Annual report on the working of the lock hospitals in the Central Provinces
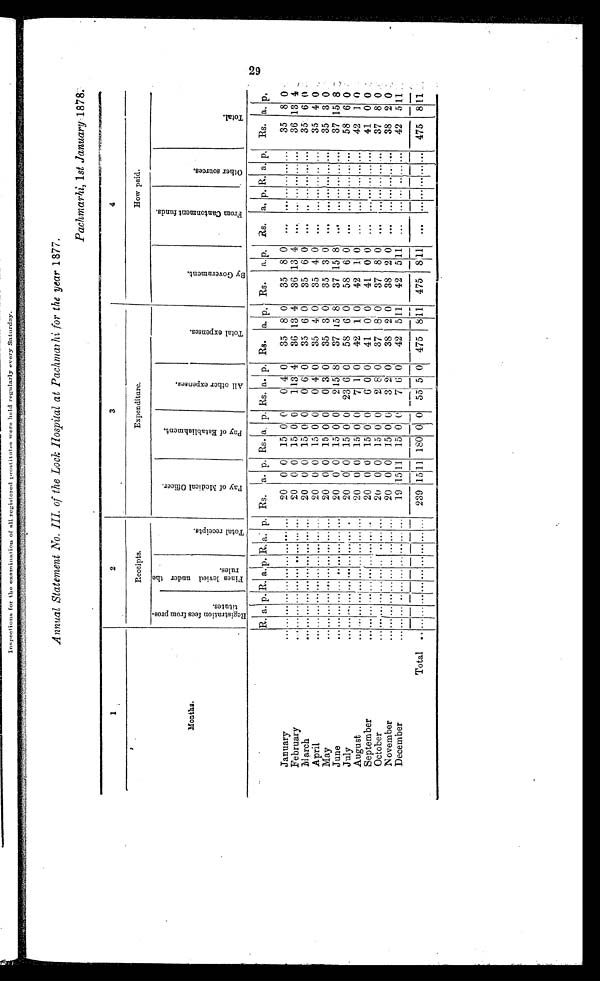
Inspections for the examination of all registered prostitutes were held regularly every Saturday.
Annual Statement No, III. of the Lock hospital at Pachmarhi for the year 1 877.
Pachmarhi, 1st January 1878.
2
3
4
Receipts.
Expenditure.
How paid.
M o n t h s
0
'4:1
t.;
'73
0
0
'd
.°2
t>
0
US
my
0 n–n
0 0
. 1 . 4 ;-.
r..
tt;
4. ,,,,
...
ro
0
0
I.,
74
.e.
0
E.
S.
5)
Eg
o
n-i
CI
..?
,c
0
,e-t
rel
4-,
0
P.,
0
0.
-,z
0
g
.o
W
.73
e
4
0
PI
0
a;
a;
w
q
a,
PI
ci
0
1.,
0
.0
.,,.8
.... .4
--4
5;
ca
C°0
04
m
0
73
..-'
0
E.
4;
0
0
E1
0
,..
0
D
o
C
ma
Di
'0
g
0
..-n
4..
a
0
0
.4.,
0
cd
ra,
d
0
,I
i
c.)
I.
o 0
W
4
0
.4
s
6
....;
Ce
.8
E-,
R. a. p. R. aip. R, a: p. Rs. la. p. Rs. a, p. Rs. a. p. Rs. a. p, Rs. a. p, &. a, p, R. a. p, Rs. a. p,
January
20 0 0 15 0 0
0 4 0
35 8 0
35 8 0
35 8 0 -
20 0 0 15 0 0
1 l3 4
36 13 4
36 13 4
February
...
...
...
...
...
20 0 0 15 0 0
0 6, 0
35 6 0
35 6 0
. e .
..
. . .
. . .
. . .
. . .
35 6 0 .
II arch
. . . GOO ... ... 81.
20 00 15 0 0
040 0
35 40
35 40
35 4 0 ,
April
May
20 0 0 15 0 0
0 3 01 35 3 0
35 3 0
. . .
...
...
...
...
...
35 3 0
June
...... .., ... ... . . ... ... ... ... 20 0 0 15 0 0
215 8
37 15 8
37 15 8 )
. . . ..... . . . ... . . . 37 15 8
July
...
. . .
. . . o.e
. . . . 4 . . . . . .. .. . .
20 0 0 15 0, 0 23 6 0
58 6 0
58 6 0
20 0 0 15 0 0
7 1 0 42 1 0 42 1 0 ... ... ... ... ...... 42 1 0
August
20 0 0 15 0 0
6 0 0
41 0t 0
41 0 0
September
October
20 0 0 15 0 0
2 8 0 37 8 0 37 8 0
. . . . . . ... . . .
. . . ...
37 8 0
November
20 0 0 15 0 0
3 2 0
38 2 0
38 2 0
. . .
. . . .....
. . . 38 2 0
...
19 ,15
I
11 15 0 ('
7 6 0
42 511
42 5 11
...... ..,......
42 5 11:
December
...
-
Total ..
,
... ... ...
_
. .. ... ........... 239 15111 180 0 0 55 5 0 475 811 475
.
8j1 ................. 475 8 11.
_ ,